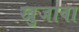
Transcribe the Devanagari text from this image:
खुजावा